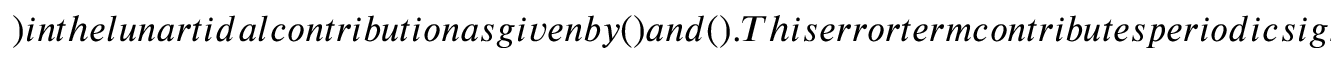
) i n t h e l u n a r t i d a l c o n t r i b u t i o n a s g i v e n b y ( ) a n d ( ) . T h i s e r r o r t e r m c o n t r i b u t e s p e r i o d i c s i g n a l w i t h t h e m a g n i t u d e o f